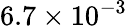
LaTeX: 6.7\times 10^{-3}